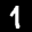
Label: 1